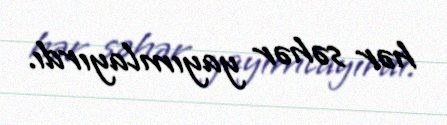
hər səhər yayımlayırdı.